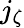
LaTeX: j_{\zeta}